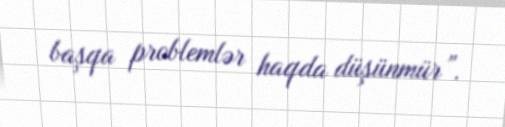
başqa problemlər haqda düşünmür”.